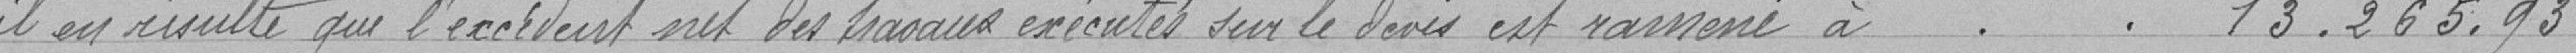
il en résulte que l'excédent net des travaux effectués sur le devis est ramené à ...........  13.265,93.